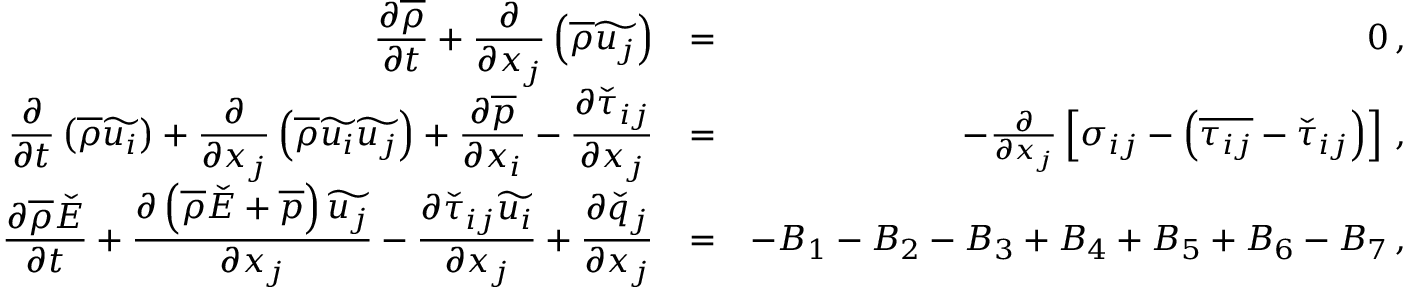
\begin{array} { r l r } { \displaystyle \frac { \partial \overline { { \rho } } } { \partial t } + \frac { \partial } { \partial x _ { j } } \left( \overline { { \rho } } \widetilde { u _ { j } } \right) } & { = } & { 0 \, \mathrm { , } } \\ { \displaystyle \frac { \partial } { \partial t } \left( \overline { { \rho } } \widetilde { u _ { i } } \right) + \frac { \partial } { \partial x _ { j } } \left( \overline { { \rho } } \widetilde { u _ { i } } \widetilde { u _ { j } } \right) + \frac { \partial \overline { { p } } } { \partial x _ { i } } - \frac { \partial \check { \tau } _ { i j } } { \partial x _ { j } } } & { = } & { - \frac { \partial } { \partial x _ { j } } \left[ \sigma _ { i j } - \left( \overline { { \tau _ { i j } } } - \check { \tau } _ { i j } \right) \right] \, \mathrm { , } } \\ { \displaystyle \frac { \partial \overline { { \rho } } \check { E } } { \partial t } + \frac { \partial \left( \overline { { \rho } } \check { E } + \overline { { p } } \right) \widetilde { u _ { j } } } { \partial x _ { j } } - \frac { \partial \check { \tau } _ { i j } \widetilde { u _ { i } } } { \partial x _ { j } } + \frac { \partial \check { q } _ { j } } { \partial x _ { j } } } & { = } & { - B _ { 1 } - B _ { 2 } - B _ { 3 } + B _ { 4 } + B _ { 5 } + B _ { 6 } - B _ { 7 } \, \mathrm { , } } \end{array}